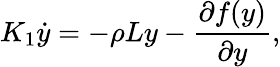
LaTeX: K_{1}\dot{y}=-\rho Ly-\frac{\partial f(y)}{\partial y},